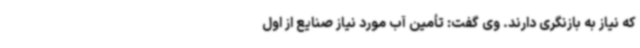
که نیاز به بازنگری دارند. وی گفت: تأمین آب مورد نیاز صنایع از اول